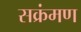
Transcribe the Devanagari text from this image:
सक्रंमण